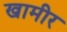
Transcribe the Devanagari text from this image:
खामीर